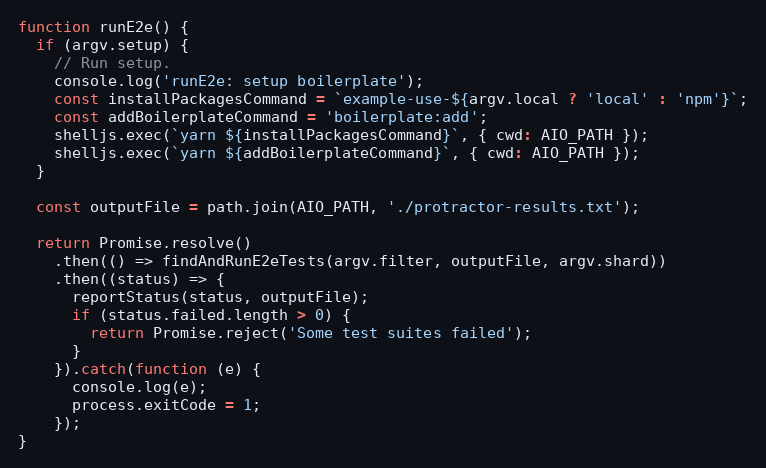
Language: JavaScript
function runE2e() {
  if (argv.setup) {
    // Run setup.
    console.log('runE2e: setup boilerplate');
    const installPackagesCommand = `example-use-${argv.local ? 'local' : 'npm'}`;
    const addBoilerplateCommand = 'boilerplate:add';
    shelljs.exec(`yarn ${installPackagesCommand}`, { cwd: AIO_PATH });
    shelljs.exec(`yarn ${addBoilerplateCommand}`, { cwd: AIO_PATH });
  }

  const outputFile = path.join(AIO_PATH, './protractor-results.txt');

  return Promise.resolve()
    .then(() => findAndRunE2eTests(argv.filter, outputFile, argv.shard))
    .then((status) => {
      reportStatus(status, outputFile);
      if (status.failed.length > 0) {
        return Promise.reject('Some test suites failed');
      }
    }).catch(function (e) {
      console.log(e);
      process.exitCode = 1;
    });
}